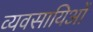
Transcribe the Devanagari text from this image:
व्यवसायिओं